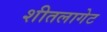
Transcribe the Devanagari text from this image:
शीतलागेट